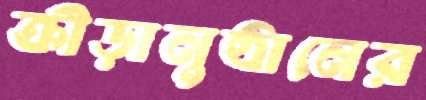
ক্রীড়ানুষ্ঠানের